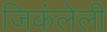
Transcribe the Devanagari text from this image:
जिकंलेली